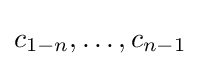
c_{1-n},\ldots ,c_{n-1}